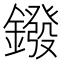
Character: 鏺